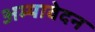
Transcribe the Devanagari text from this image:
अम्यावेदन